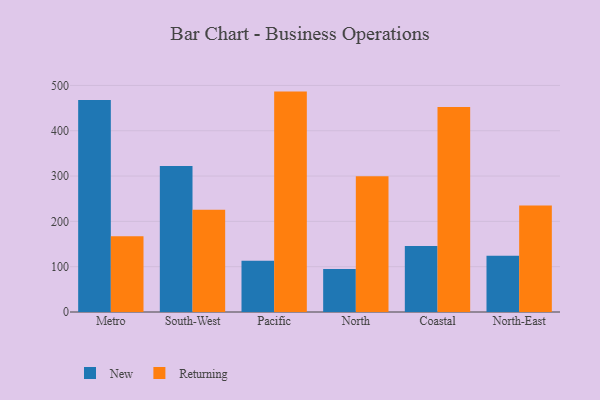
{"axis": {"x": "Region", "y": "Demand Index"}, "legend": ["New", "Returning"], "data": [{"x": "Metro", "y": 467.7, "type": "New"}, {"x": "Metro", "y": 167.3, "type": "Returning"}, {"x": "South-West", "y": 322.1, "type": "New"}, {"x": "South-West", "y": 225.5, "type": "Returning"}, {"x": "Pacific", "y": 113.0, "type": "New"}, {"x": "Pacific", "y": 486.4, "type": "Returning"}, {"x": "North", "y": 94.9, "type": "New"}, {"x": "North", "y": 299.5, "type": "Returning"}, {"x": "Coastal", "y": 145.5, "type": "New"}, {"x": "Coastal", "y": 452.2, "type": "Returning"}, {"x": "North-East", "y": 124.4, "type": "New"}, {"x": "North-East", "y": 234.8, "type": "Returning"}]}